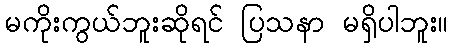
မကိုးကွယ်ဘူးဆိုရင် ပြသနာ မရှိပါဘူး။